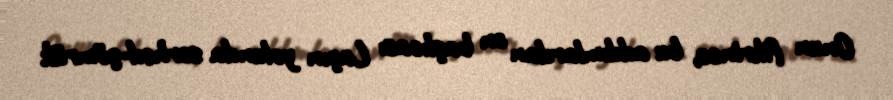
Onun fikrincə, bu addımlardan ən başlıcası Laçın yolunda sərhəd-gömrük